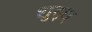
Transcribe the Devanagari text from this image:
शुद्ध्